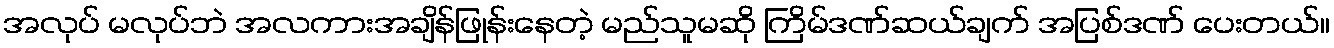
အလုပ် မလုပ်ဘဲ အလကားအချိန်ဖြုန်းနေတဲ့ မည်သူမဆို ကြိမ်ဒဏ်ဆယ်ချက် အပြစ်ဒဏ် ပေးတယ်။